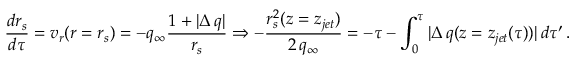
\frac { d r _ { s } } { d \tau } = v _ { r } ( r = r _ { s } ) = - q _ { \infty } \frac { 1 + | \Delta \, q | } { r _ { s } } \Rightarrow - \frac { r _ { s } ^ { 2 } ( z = z _ { j e t } ) } { 2 \, q _ { \infty } } = - \tau - \int _ { 0 } ^ { \tau } | \Delta \, q ( z = z _ { j e t } ( \tau ) ) | \, d \tau ^ { \prime } \, .